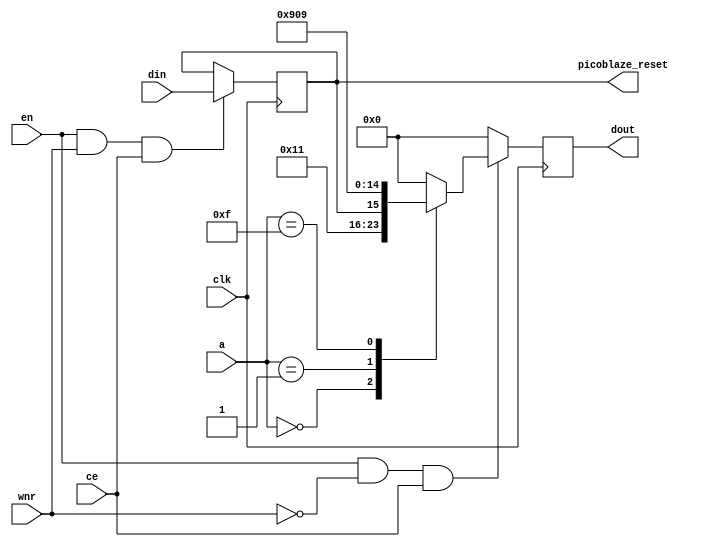
module control_registers (en, ce, wnr, clk, a, din, dout, picoblaze_reset) ;
parameter integer 	C_NUM_PICOBLAZE = 1 ;
parameter integer 	C_BRAM_MAX_ADDR_WIDTH = 10 ;
parameter integer 	C_PICOBLAZE_INSTRUCTION_DATA_WIDTH = 18 ;
parameter integer 	C_JTAG_CHAIN = 2 ;
parameter [4:0] 	C_ADDR_WIDTH_0 = 10 ;
parameter [4:0] 	C_ADDR_WIDTH_1 = 10 ;
parameter [4:0] 	C_ADDR_WIDTH_2 = 10 ;
parameter [4:0] 	C_ADDR_WIDTH_3 = 10 ;
parameter [4:0] 	C_ADDR_WIDTH_4 = 10 ;
parameter [4:0] 	C_ADDR_WIDTH_5 = 10 ;
parameter [4:0] 	C_ADDR_WIDTH_6 = 10 ;
parameter [4:0] 	C_ADDR_WIDTH_7 = 10 ;
input				en ;
input   			ce ;
input				wnr ;
input				clk ;
input	[3:0]			a ;
input	[C_NUM_PICOBLAZE-1:0]	din ;
output	[7:0]			dout ;
output	[C_NUM_PICOBLAZE-1:0]	picoblaze_reset ;
wire	[7:0]			version  ; 				
reg	[C_NUM_PICOBLAZE-1:0]	picoblaze_reset_int ;			
wire	[C_NUM_PICOBLAZE-1:0]	picoblaze_wait_int ;			
reg	[7:0]			dout_int ;				
wire	[2:0]			num_picoblaze ; 			
wire	[4:0]			picoblaze_instruction_data_width ;	
initial picoblaze_reset_int = 0 ;
assign num_picoblaze = C_NUM_PICOBLAZE-3'h1 ;
assign picoblaze_instruction_data_width = C_PICOBLAZE_INSTRUCTION_DATA_WIDTH-5'h01 ;
always @ (posedge clk) begin
        if (en == 1'b1 && wnr == 1'b0 && ce == 1'b1) begin
                case (a) 
                0 :							
                        dout_int <= {num_picoblaze, picoblaze_instruction_data_width};
                1 : 							
                        if (C_NUM_PICOBLAZE >= 1) begin 
                                dout_int <= {picoblaze_reset_int[0], 2'b00, C_ADDR_WIDTH_0-5'h01};
                        end else begin
                                dout_int <= 8'h00 ;
                        end
                2 :							
                        if (C_NUM_PICOBLAZE >= 2) begin 
                                dout_int <= {picoblaze_reset_int[1], 2'b00, C_ADDR_WIDTH_1-5'h01} ;
                        end else begin
                                dout_int <= 8'h00 ;
                        end
                3 : 							
                        if (C_NUM_PICOBLAZE >= 3) begin 
                                dout_int <= {picoblaze_reset_int[2], 2'b00, C_ADDR_WIDTH_2-5'h01} ;
                        end else begin
                                dout_int <= 8'h00 ;
                        end
                4 : 							
                        if (C_NUM_PICOBLAZE >= 4) begin 
                                dout_int <= {picoblaze_reset_int[3], 2'b00, C_ADDR_WIDTH_3-5'h01} ;
                        end else begin
                                dout_int <= 8'h00 ;
                        end
                5: 							
                        if (C_NUM_PICOBLAZE >= 5) begin 
                                dout_int <= {picoblaze_reset_int[4], 2'b00, C_ADDR_WIDTH_4-5'h01} ;
                        end else begin
                                dout_int <= 8'h00 ;
                        end
                6 : 							
                        if (C_NUM_PICOBLAZE >= 6) begin 
                                dout_int <= {picoblaze_reset_int[5], 2'b00, C_ADDR_WIDTH_5-5'h01} ;
                        end else begin
                                dout_int <= 8'h00 ;
                        end
                7 : 							
                        if (C_NUM_PICOBLAZE >= 7) begin 
                                dout_int <= {picoblaze_reset_int[6], 2'b00, C_ADDR_WIDTH_6-5'h01} ;
                        end else begin
                                dout_int <= 8'h00 ;
                        end
                8 : 							
                        if (C_NUM_PICOBLAZE >= 8) begin 
                                dout_int <= {picoblaze_reset_int[7], 2'b00, C_ADDR_WIDTH_7-5'h01} ;
                        end else begin
                                dout_int <= 8'h00 ;
                        end
                15 : 
                        dout_int <= C_BRAM_MAX_ADDR_WIDTH -1 ;
                default :
                        dout_int <= 8'h00 ;
                endcase
	end else begin
                dout_int <= 8'h00 ;
        end
end 
assign dout = dout_int;
always @ (posedge clk) begin
	if (en == 1'b1 && wnr == 1'b1 && ce == 1'b1) begin
		picoblaze_reset_int[C_NUM_PICOBLAZE-1:0] <= din[C_NUM_PICOBLAZE-1:0];
	end
end     
assign picoblaze_reset = picoblaze_reset_int ;
endmodule